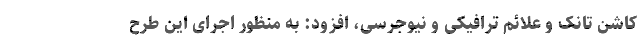
کاشن تانک و علائم ترافیکی و نیوجرسی، افزود: به منظور اجرای این طرح